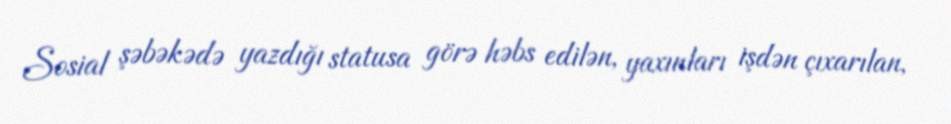
Sosial şəbəkədə yazdığı statusa görə həbs edilən, yaxınları işdən çıxarılan,